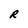
Character: R